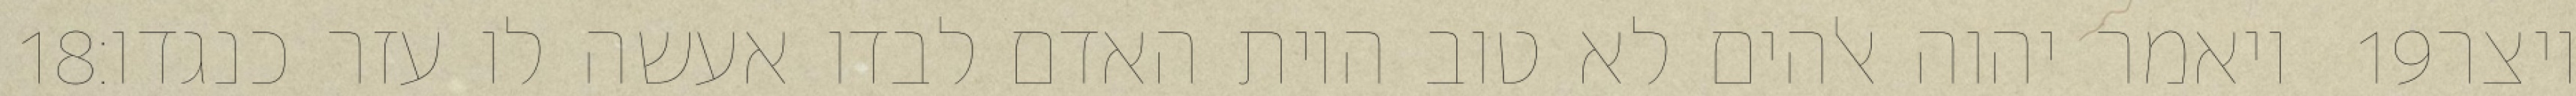
‎18‏ ויאמר יהוה אלהים לא טוב היות האדם לבדו אעשה לו עזר כנגדו׃ ‎19‏ ויצר